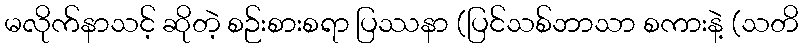
မလိုက်နာသင့် ဆိုတဲ့ စဉ်းစားစရာ ပြဿနာ (ပြင်သစ်ဘာသာ စကားနဲ့ (သတိ